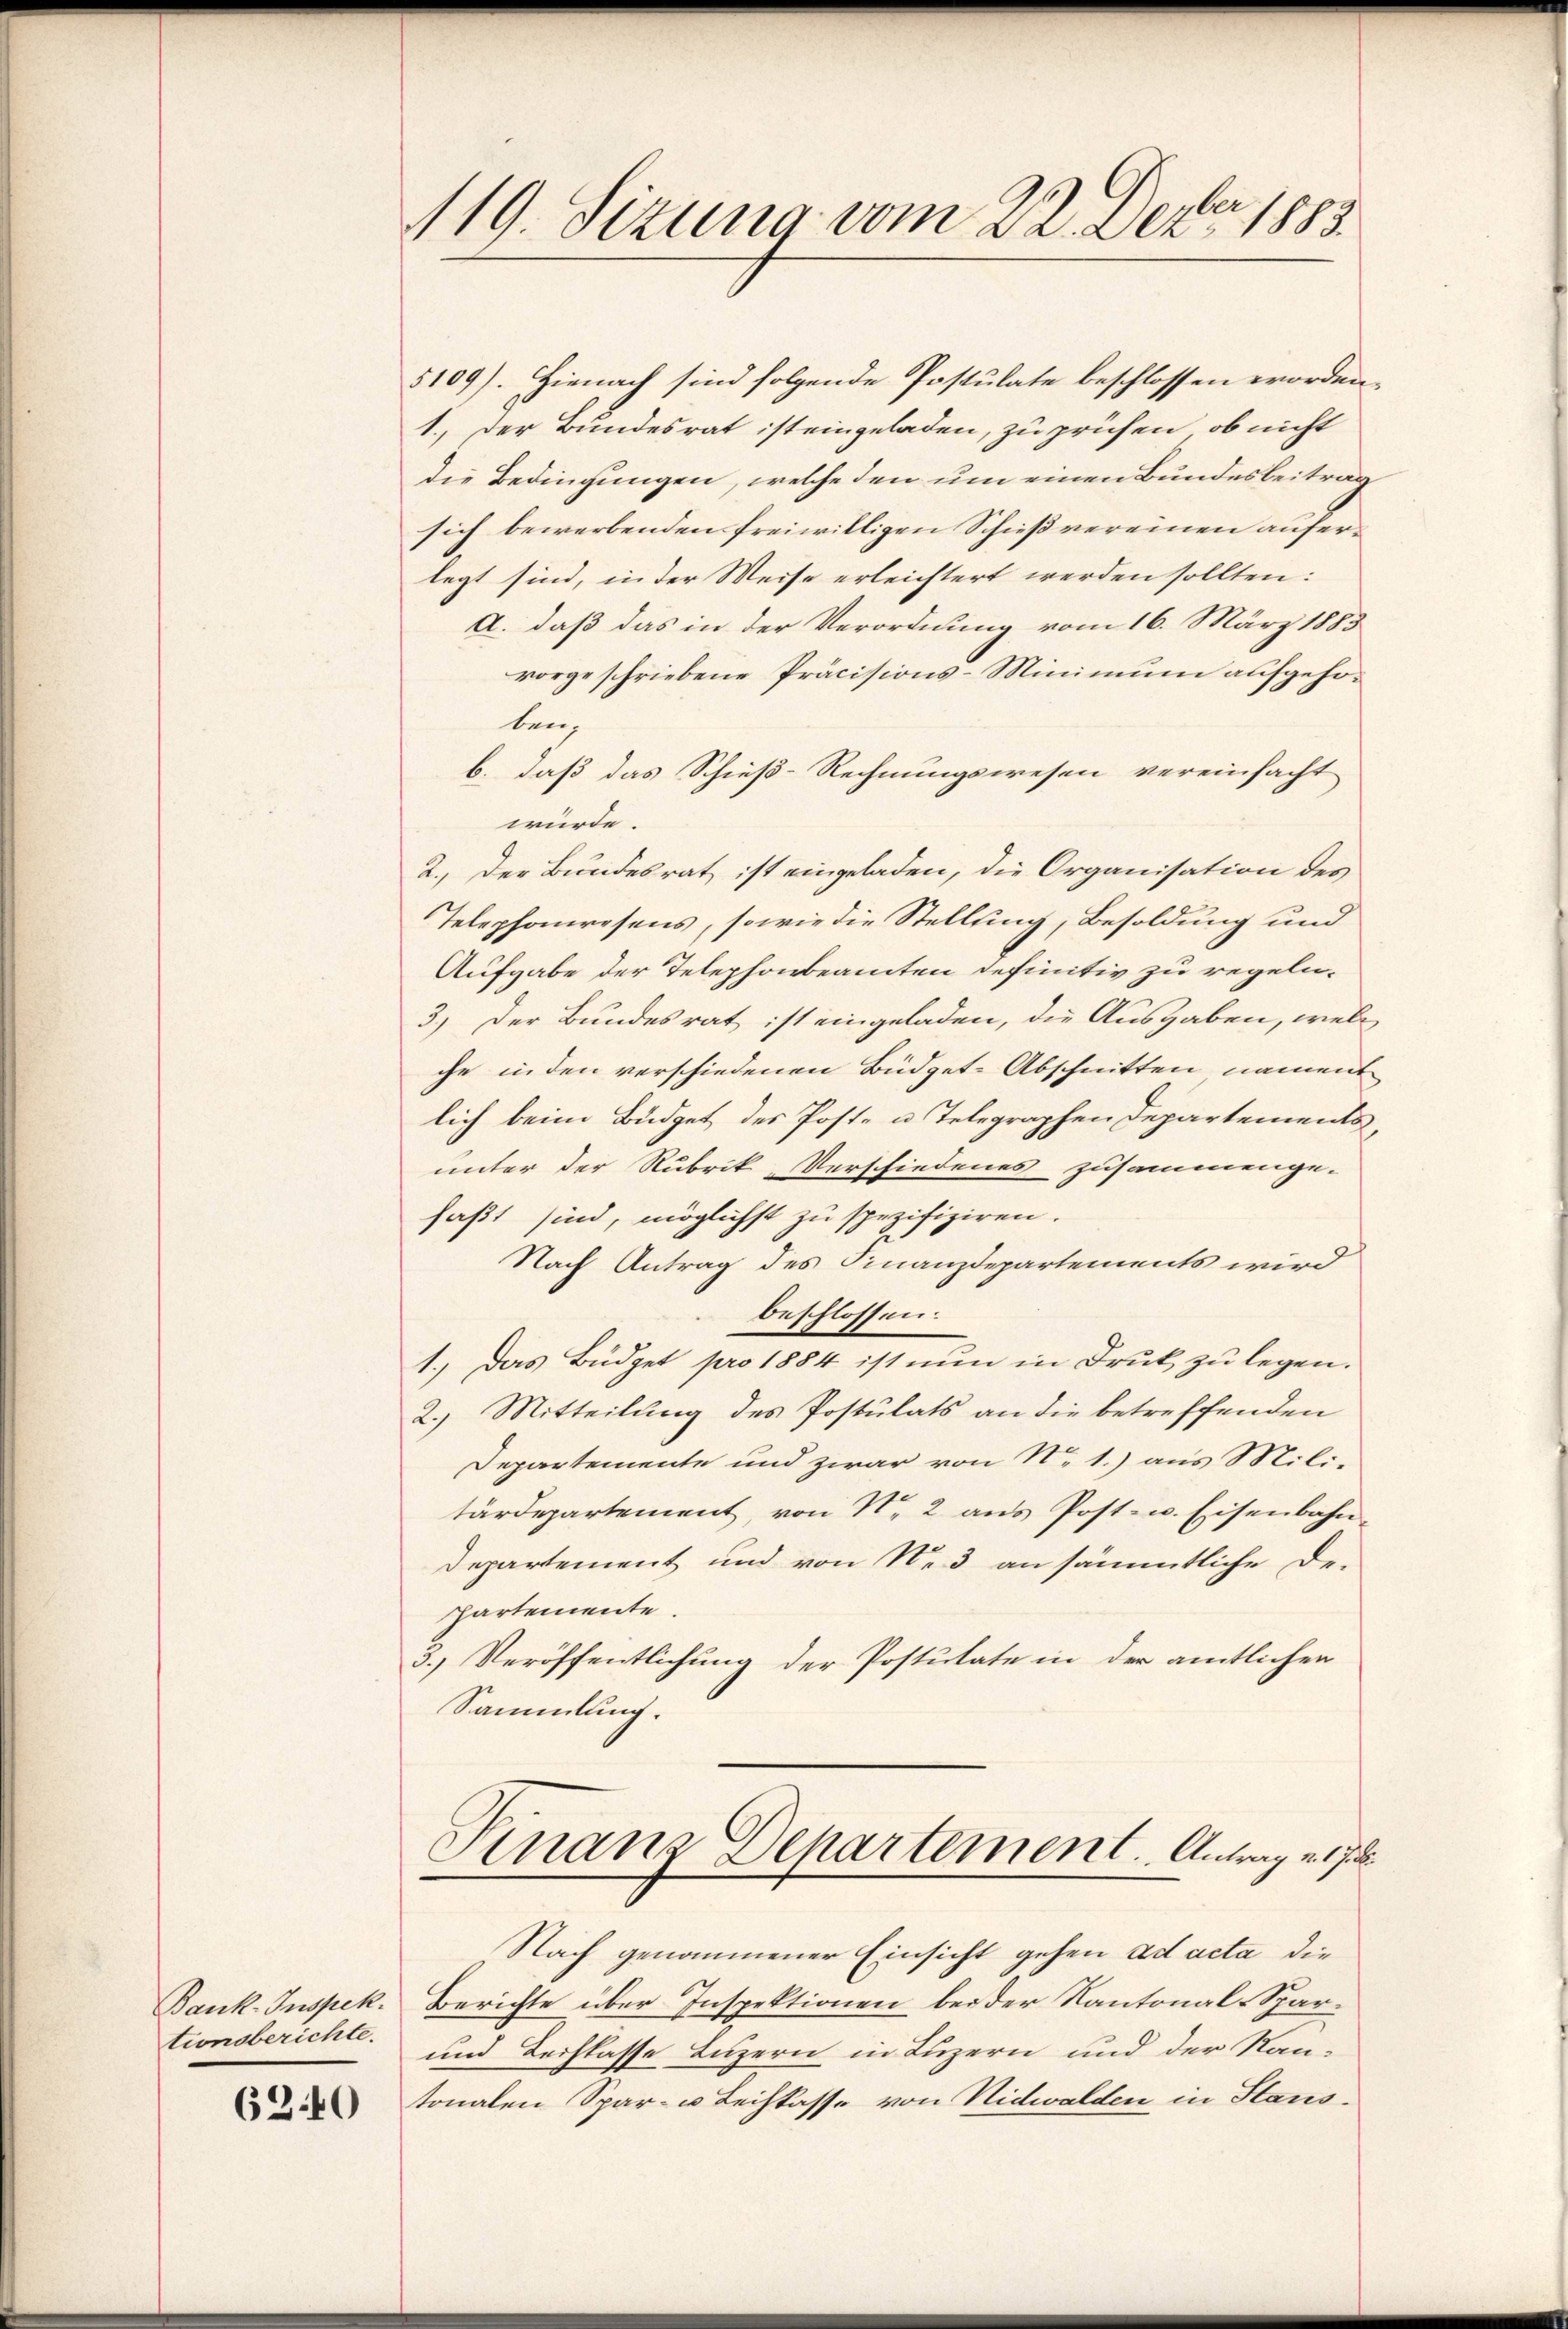
Bank-Inspek.
tionsberichte.

620

119. Sizung vom 22. Dezbr. 1883

5109). Hienach sind folgende Postulate beschlossen worden,
1.) Der Bundesrat ist eingeladen, zu prüfen, ob nicht
die Bedingungen, welche den um einen Bundesbeitrag
sich bewerbenden freiwilligen Schießvereinen auferlegt sind, in der Weise erleichtert werden sollten:
A. daß das in der Verordnung vom 16. März 1883
vorgeschriebene Präcisions-Minimum aufgehoben;
b. daß das Schieß-Rechnungswesen vereinfacht
würde.
2.) Der Bundesrat ist eingeladen, die Organisation des
Telephonwesens, sowie die Stellung, Besoldung und
Aufgabe der Telephonbeamten definitiv zu regeln.
3.) Der Bundesrat ist eingeladen, die Ausgaben, welc
che in den verschiedenen Büdget-Abschnitten nament
lich beim Büdget des Poste u. Telegraphen Departements,
unter der Rubrik, Verschiedenes zusammenge-
faßt sind, möglichst zu spezifiziren.
Nach Antrag des Finanzdepartements wird
beschlossen.
1. Das Büdget pro 1884 ist nŭn in Druk zŭ legen.
2.) Mitteilung des Postulats an die betreffenden
Departemente und zwar von N. 1.) aus Mili-
tärdepartement, von N. 2 aus Post- u. Eisenbahn
Departement und von N. 3 an sämmtliche De-
Partemente
3.) Veröffentlichung der Postulate in der amtlichen
Sammlung.

Finanz Departement. Antrag v. 178

Nach genommener Einsicht gehen ad acta die
Berichte über Inspektionen beider Kantonal-Spar¬
und Lechlasse Luzern in Luzern und der Kan-
tonalen Spar- u Leihkasse von Nidwalden in Stans-